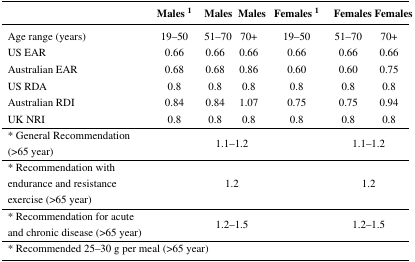
<table><thead><tr><td></td><td><b>Males <sup>1</sup></b></td><td><b>Males</b></td><td><b>Males</b></td><td><b>Females <sup>1</sup></b></td><td><b>Females</b></td><td><b>Females</b></td></tr></thead><tbody><tr><td>Age range (years)</td><td>19–50</td><td>51–70</td><td>70+</td><td>19–50</td><td>51–70</td><td>70+</td></tr><tr><td>US EAR</td><td>0.66</td><td>0.66</td><td>0.66</td><td>0.66</td><td>0.66</td><td>0.66</td></tr><tr><td>Australian EAR</td><td>0.68</td><td>0.68</td><td>0.86</td><td>0.60</td><td>0.60</td><td>0.75</td></tr><tr><td>US RDA</td><td>0.8</td><td>0.8</td><td>0.8</td><td>0.8</td><td>0.8</td><td>0.8</td></tr><tr><td>Australian RDI</td><td>0.84</td><td>0.84</td><td>1.07</td><td>0.75</td><td>0.75</td><td>0.94</td></tr><tr><td>UK NRI</td><td>0.8</td><td>0.8</td><td>0.8</td><td>0.8</td><td>0.8</td><td>0.8</td></tr><tr><td>* General Recommendation (&gt;65 year)</td><td></td><td colspan="2">1.1–1.2</td><td></td><td colspan="2">1.1–1.2</td></tr><tr><td>* Recommendation with endurance and resistance exercise (&gt;65 year)</td><td></td><td colspan="2">1.2</td><td></td><td colspan="2">1.2</td></tr><tr><td>* Recommendation for acute and chronic disease (&gt;65 year)</td><td></td><td colspan="2">1.2–1.5</td><td></td><td colspan="2">1.2–1.5</td></tr><tr><td colspan="3">* Recommended 25–30 g per meal (&gt;65 year)</td><td></td><td></td><td></td><td></td></tr></tbody></table>